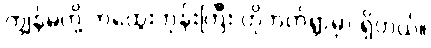
ကျွန်မတို့ ဘထွေးဘုန်းကြီး ဟိုဘက်ရွာမှာ ရှိတယ်။